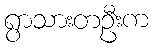
ရွာသားတဦးက